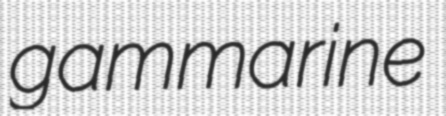
gammarine